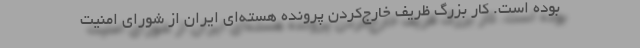
بوده است. کار بزرگ ظریف خارج‌کردن پرونده هسته‌ای ایران از شورای امنیت